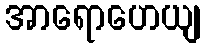
အာရောဟေယျ